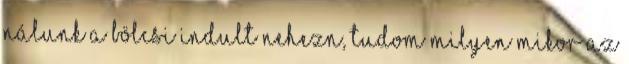
nálunk a bölcsi indult nehezn, tudom milyen mikor az